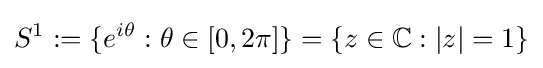
S^{1}:=\{e^{i\theta }:\theta \in [0,2\pi ]\}=\{z\in \mathbb {C} :|z|=1\}